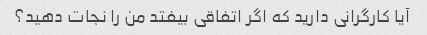
آیا کارگرانی دارید که اگر اتفاقی بیفتد من را نجات دهید؟